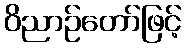
ဝိညာဉ်တော်ဖြင့်